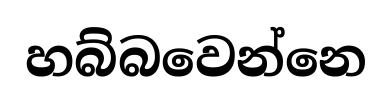
හබ්බවෙන්නෙ